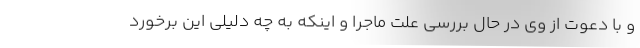
و با دعوت از وی در حال بررسی علت ماجرا و اینکه به چه دلیلی این برخورد